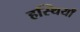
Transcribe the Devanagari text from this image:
हस्थियाँ